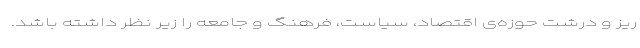
ریز و درشت حوزه‌ی اقتصاد، سیاست، فرهنگ و جامعه را زیر نظر داشته باشد.